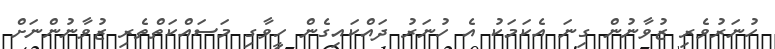
ހުނަރުވެރި ޒުވާނުން ގިނަ އެކަމަކު އެ ހުނަރު ދައްކައިގެން ހީވާގި މަސައްކަތްތެރި ޒުވާނުންނަށް